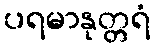
ပရမာနုတ္တရံ